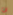
ان